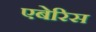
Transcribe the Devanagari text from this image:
एबेरिस